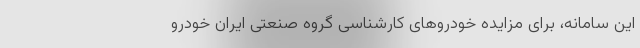
این سامانه،‌ برای مزایده خودروهای کارشناسی گروه صنعتی ایران خودرو